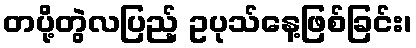
တပို့တွဲလပြည့် ဥပုသ်နေ့ဖြစ်ခြင်း၊